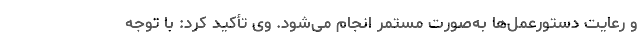
و رعایت دستورعمل‌ها به‌صورت مستمر انجام می‌شود. وی تأکید کرد: با توجه